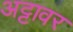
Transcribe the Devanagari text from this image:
अट्टावर